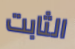
الثابت